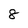
Character: 8